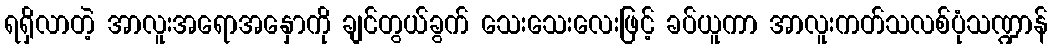
ရရှိလာတဲ့ အာလူးအရောအနှောကို ချင်တွယ်ခွက် သေးသေးလေးဖြင့် ခပ်ယူကာ အာလူးကတ်သလစ်ပုံသဏ္ဍာန်